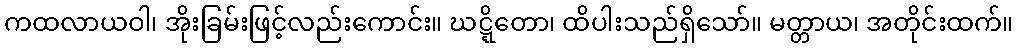
ကထလာယဝါ၊ အိုးခြမ်းဖြင့်လည်းကောင်း။ ဃဋ္ဋိတော၊ ထိပါးသည်ရှိသော်။ မတ္တာယ၊ အတိုင်းထက်။